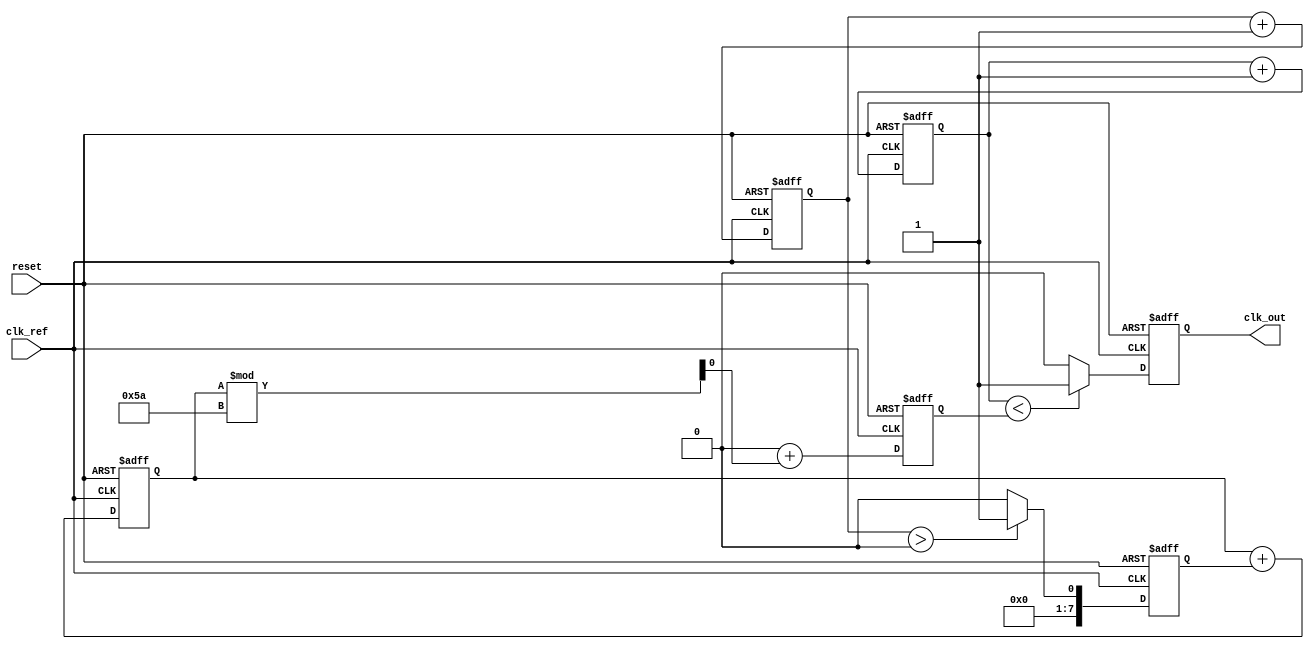
module sigma_delta_pll (
    input wire clk_ref,           // Reference clock input
    input wire reset,             // Reset signal
    output reg clk_out            // Output clock
);

// Parameters
parameter N = 8;                 // Bit-width for the sigma-delta modulator
parameter VCO_MAX_FREQ = 100;   // Max frequency for VCO
parameter VCO_MIN_FREQ = 10;    // Min frequency for VCO

// Internal signals
reg [N-1:0] phase_error;         // Phase error from Phase Detector
reg [N-1:0] modulated_signal;     // Output of Sigma-Delta Modulator
reg [N-1:0] control_voltage;      // Control voltage for VCO
reg vco_freq;                    // Current frequency of VCO
reg [N-1:0] loop_filter;          // Loop filter output
reg [N-1:0] feedback_divider;     // Feedback divider output

// Phase Detector (PD)
always @(posedge clk_ref or posedge reset) begin
    if (reset) begin
        phase_error <= 0;
    end else begin
        // Sample phase error logic (simplified)
        // Here you would compare clk_ref with feedback clock
        // For simplicity, assume phase_error is updated based on some criteria
        phase_error <= phase_error + 1; // Simple increment for example
    end
end

// Sigma-Delta Modulator
always @(posedge clk_ref or posedge reset) begin
    if (reset) begin
        modulated_signal <= 0;
    end else begin
        // Simple 1-bit quantizer
        if (phase_error > 0) begin
            modulated_signal <= 1;
        end else begin
            modulated_signal <= 0;
        end
    end
end

// Loop Filter (1st order for simplicity)
always @(posedge clk_ref or posedge reset) begin
    if (reset) begin
        loop_filter <= 0;
    end else begin
        loop_filter <= loop_filter + modulated_signal; // Integrate modulated signal
    end
end

// Voltage-Controlled Oscillator (VCO)
always @(posedge clk_ref or posedge reset) begin
    if (reset) begin
        vco_freq <= VCO_MIN_FREQ; // Initialize to min frequency
    end else begin
        // Control voltage affects frequency (simplified)
        vco_freq <= VCO_MIN_FREQ + loop_filter[N-1:0] % (VCO_MAX_FREQ - VCO_MIN_FREQ);
    end
end

// Divider (feedback to PD)
always @(posedge clk_ref or posedge reset) begin
    if (reset) begin
        feedback_divider <= 0;
    end else begin
        feedback_divider <= feedback_divider + 1; // Simple counter for feedback
    end
end

// Output Clock Generation
always @(posedge clk_ref or posedge reset) begin
    if (reset) begin
        clk_out <= 0;
    end else begin
        // Output clock generation based on VCO frequency (simplified)
        clk_out <= (feedback_divider < vco_freq) ? 1 : 0;
    end
end

endmodule